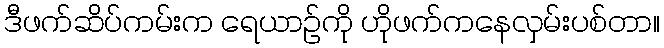
ဒီဖက်ဆိပ်ကမ်းက ရေယာဉ်ကို ဟိုဖက်ကနေလှမ်းပစ်တာ။